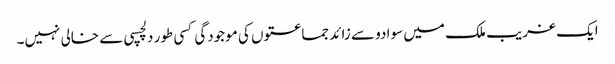
ایک غریب ملک میں سوا دو سے زائد جماعتوں کی موجودگی کسی طور دلچسپی سے خالی نہیں۔